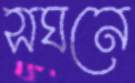
সঘনে